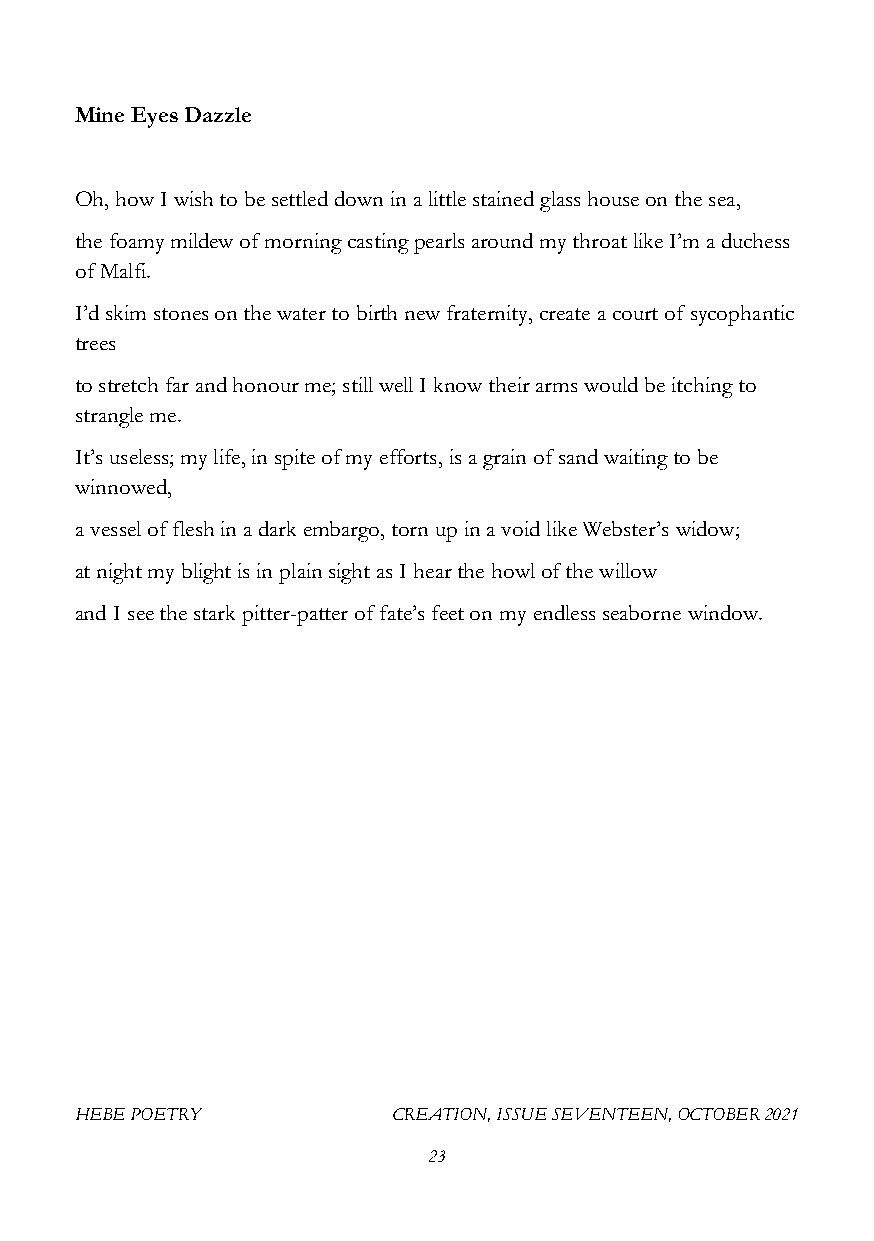
Mine Eyes Dazzle
 Oh, how I wish to be settled down in a little stained glass house on the sea,
 the foamy mildew of morning casting pearls around my throat like I’m a duchess
 of Malfi.
 I’d skim stones on the water to birth new fraternity, create a court of sycophantic
 trees
 to stretch far and honour me; still well I know their arms would be itching to
 strangle me.
 It’s useless; my life, in spite of my efforts, is a grain of sand waiting to be
 winnowed,
 a vessel of flesh in a dark embargo, torn up in a void like Webster’s widow;
 at night my blight is in plain sight as I hear the howl of the willow
 and I see the stark pitter-patter of fate’s feet on my endless seaborne window.
 HEBE POETRY          CREATION, ISSUE SEVENTEEN, OCTOBER 2021
 23